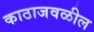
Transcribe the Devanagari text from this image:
काठाजवळील